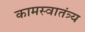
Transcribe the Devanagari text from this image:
कामस्वातंत्र्य